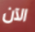
الآن